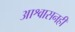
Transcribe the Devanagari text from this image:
आश्वासनही